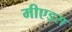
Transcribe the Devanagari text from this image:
मीएड्स